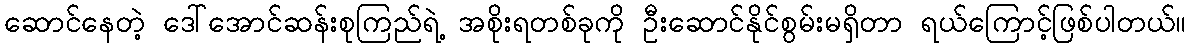
ဆောင်နေတဲ့ ဒေါ်အောင်ဆန်းစုကြည်ရဲ့ အစိုးရတစ်ခုကို ဦးဆောင်နိုင်စွမ်းမရှိတာ ရယ်ကြောင့်ဖြစ်ပါတယ်။